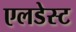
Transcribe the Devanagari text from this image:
एलडेस्ट